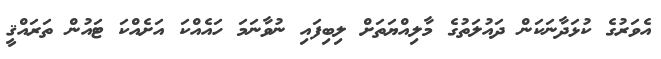
އެވަރުގެ ކުޅަދާނަކަން ދައުލަތުގެ މާލިއްޔަތަށް ލިބިފައި ނުވާނަމަ ހައެއްކަ އަށެއްކަ ޓައުން ތަރައްޤީ